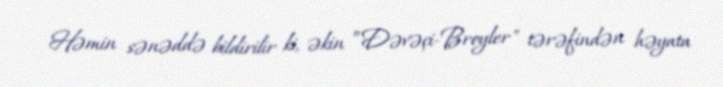
Həmin sənəddə bildirilir ki, əkin ”Dəvəçi-Broyler" tərəfindən həyata